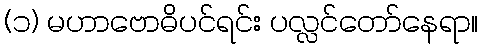
(၁) မဟာဗောဓိပင်ရင်း ပလ္လင်တော်နေရာ။